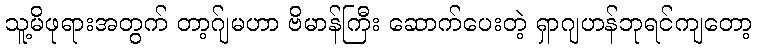
သူ့မိဖုရားအတွက် တာ့ဂ်ျမဟာ ဗိမာန်ကြီး ဆောက်ပေးတဲ့ ရှာဂျဟန်ဘုရင်ကျတော့